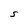
Character: S